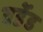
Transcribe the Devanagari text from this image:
वर्डेड